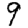
Digit: 9